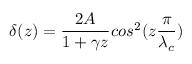
\delta ( z ) = \frac { 2 A } { 1 + \gamma z } c o s ^ { 2 } ( z \frac { \pi } { \lambda _ { c } } )